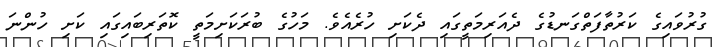
ގުރުވައިގެ ކަރުތާފަތްގަނޑުގެ ދެއަރިމަތީގައި ދެކަށި ހުރެއެވެ. މަހުގެ ބުރަކަށިމަތީ ކޮތަރިބައިގައި ކަށި ހުންނަ